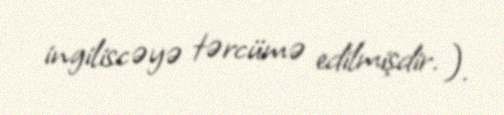
ingiliscəyə tərcümə edilmişdir. ).